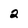
Character: 2